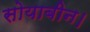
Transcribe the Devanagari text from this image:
सोयाबीन।